Leaving Certificate Examination, 1919
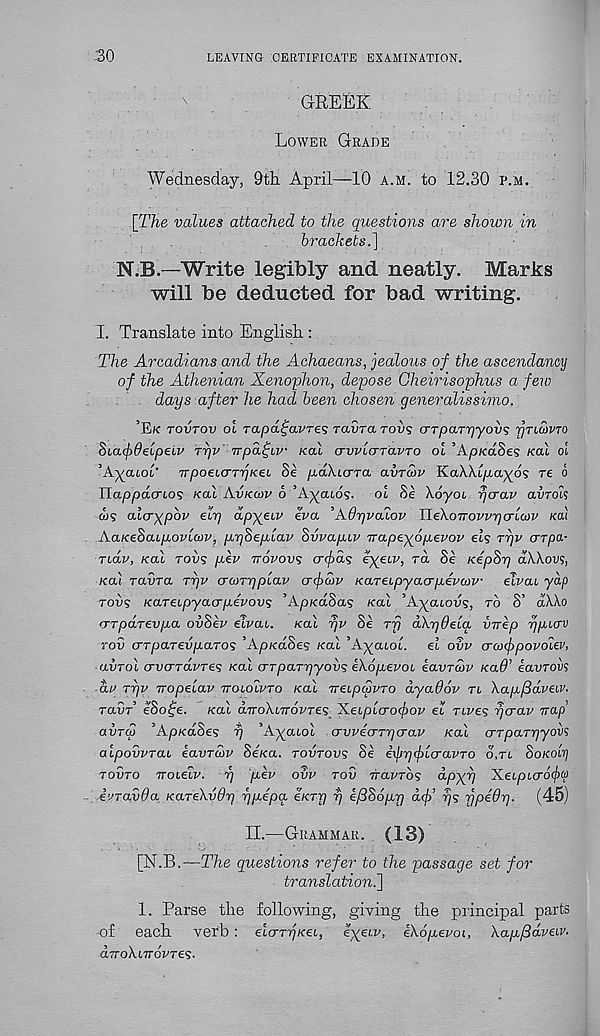
'30
LEAVING CERTIFICATE EXAMINATION.
GREEK
Lower Grade
Wednesday, 9th April—10 a.m. to 12.30 p.m.
[The values attached to the questions are shown in
brackets.]
N.B.—Write legibly and neatly.
Marks
will be deducted for bad writing.
X Translate into English :
The Arcadians and the Achaeans, jealous of the ascendancy
of the Athenian Xenophon, depose Gheirisophus a few
. days after he had been chosen generalissimo.
’Eff tovtov ol rapd^avres TavTaTovs crTpaTyyovs yncovTO
SiaftOelpeiv Trjv' vpa^tw koX crwlarTavTo oi ’Ap/cdSe? kcu ol
’AyatoO TTpoeicrTpKei Se paXurTa avrcop KaXAx/myos re o
Ilappdcrtos kou Avkcov 6 ’Ayaios- ol Se XoyoL rjcrav avrois
d)? alcrypov elp dpyjnv iva ’A drjvaiov IleXoTTovvrj<rLo)v Kai
AaKeScupovlcov, p.r)8ep.lav 8vvap.iv TrapeyopLevov ets ttjv arpa-
Tidv, Kal rows p-ev itovovs cr^as eyetw, rd Se KepSy dWovs,
Kai ravra tt)v crcoTyplav crficov KareLpyacrpevcow elvai yap
rows Kareipyao-p-evovs ’ApKaSas Kai ’Ayatows, to S’ dXXo
<Trpd.Tf.vpa owSew flvai. Kal rjv Se rfj dkyOela vrrep ypiav
tow <ttparedparo<; ’Ap/cdSes Kal ’Ayatol. el ovv craxfipovolev,
awToi crvcrravres Kal <ttparrjyov^ ekopevoi eavrcov Ka0’ eavrovs
dv ryv rropelav ttoloIvto Kal Treipcpvro dyaOov tl Xapjddveiv.
ravr e8o£e. Kal aTroXtTrdwTes 'Keipicrofyov el rives rjcrav trap'
avrco ’ApKaSes rj ’Ayatol crwecrrycrav Kai o-rparyyov 1 ;
aipovvrai eavrcbv Se/ca. rovrovs Se ixlrycflcravTO o,ri Sokomj
towto TToielv. rj pev ovv tow rravros dp-yy XeLpLcr6(f)ip
ivravOa KareXvdy ypepa eKry y e/386py dcf}’ ys fjpedy. (45)
II.—Grammar. (13)
[N.B.—The questions refer to the passage set for
translation.]
1. Parse the following, giving the principal parts
of each verb : eicrryKei, eyeiv, eXopevoi, Xapfidveiv.
aTToXiTTcvres.